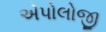
એપોલોજી